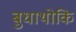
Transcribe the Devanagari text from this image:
बुधाथोकि